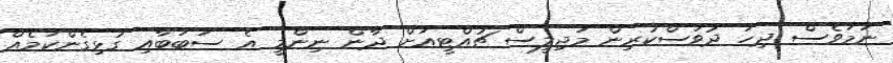
ނަމަވެސް ދިހަ ދުވަސްކުރިން މަޖިލީސް ޗުއްޓީއަށް ދާން ނިންމީ އެ ސަބަބާއި ގުޅިގެންކަމެއް